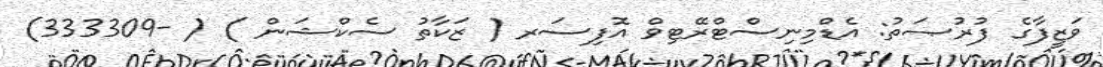
ވަޒީފާގެ ފުރުޞަތު: އެޑްމިނިސްޓްރޭޓިވް އޮފިސަރ ( ޒަކާތު ސެކްޝަން ) ( -333309)